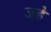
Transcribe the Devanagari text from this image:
जहे